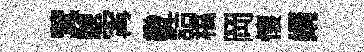
蓂驄𡩋緲詰槁岡懷婿